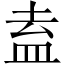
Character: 盍